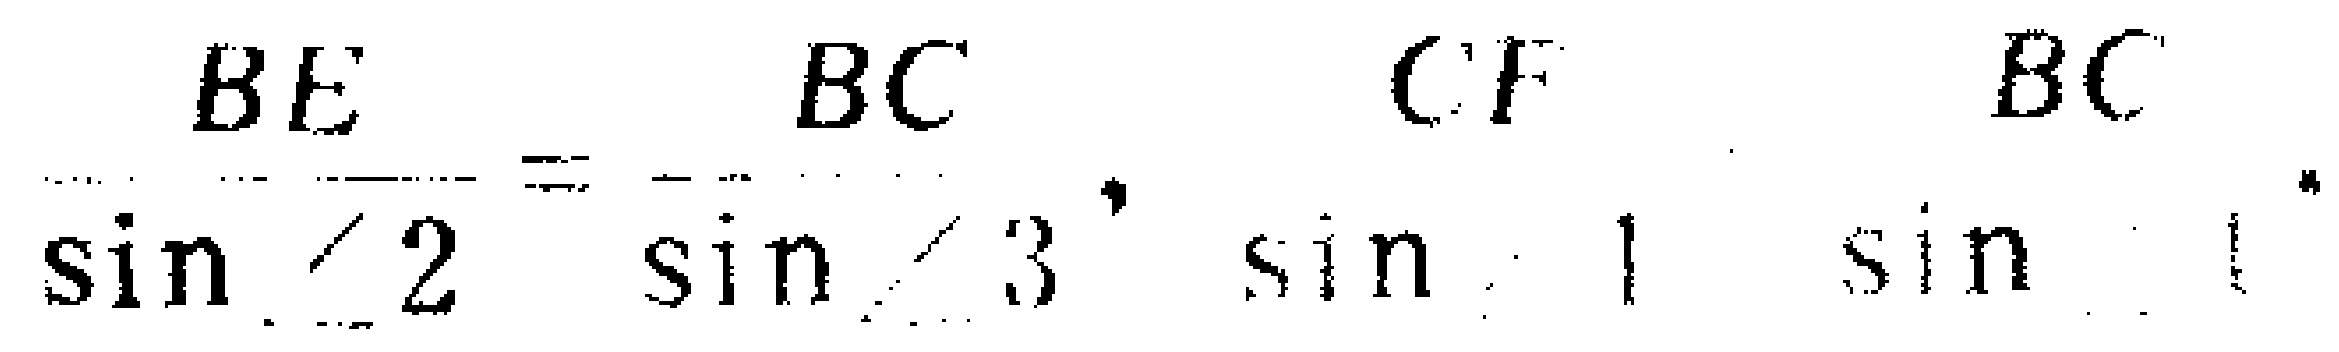
\(\frac{BE}{\sin\angle 2}=\frac{BC}{\sin\angle 3},\frac{CF}{\sin\angle 1}=\frac{BC}{\sin\angle 1}\)